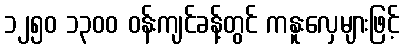
၁၂၅၀ ၁၃၀၀ ဝန်းကျင်ခန့်တွင် ကနူးလှေများဖြင့်